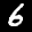
Label: 6